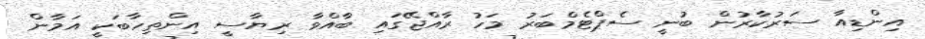
އިންޑިއާ ސަރުކާރުން ބުނީ ސެޕްޓެމްބަރު މަހު ރާއްޖޭގައި ބާއްވާ ރިޔާސީ އިންތިހާބަކީ އަމާން